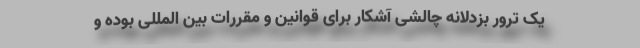
یک ترور بزدلانه چالشی آشکار برای قوانین و مقررات بین المللی بوده و